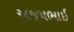
અજયભાઈ